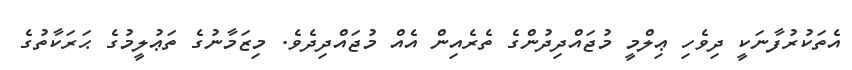
އެތަކުރުފާނަކީ ދިވެހި ޢިލްމީ މުޖައްދިދުންގެ ތެރެއިން އެއް މުޖައްދިދެވެ. މިޒަމާނުގެ ތަޢުލީމުގެ ޙަރަކާތުގެ